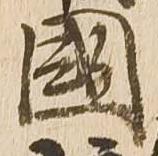
国